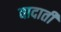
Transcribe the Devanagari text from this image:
वादाती